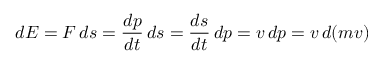
d E = F \, d s = { \frac { d p } { d t } } \, d s = { \frac { d s } { d t } } \, d p = v \, d p = v \, d ( m v )